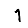
Digit: 1